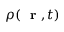
\rho ( \mathrm { ~ \bf ~ r ~ } , t )